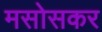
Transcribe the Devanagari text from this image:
मसोसकर